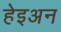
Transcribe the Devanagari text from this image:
हेइअन